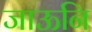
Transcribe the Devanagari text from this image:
जाऊनि